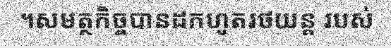
។សមត្ថកិច្ចបានដកហូតរថយន្ត របស់